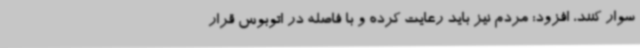
سوار کنند، افزود: مردم نیز باید رعایت کرده و با فاصله در اتوبوس قرار